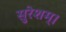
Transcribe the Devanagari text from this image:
सुरेशम्।